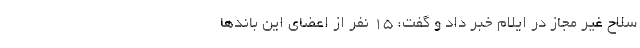
سلاح غیر مجاز در ایلام خبر داد و گفت: ۱۵ نفر از اعضای این باندها